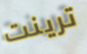
ترينت